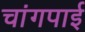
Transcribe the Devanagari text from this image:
चांगपाई